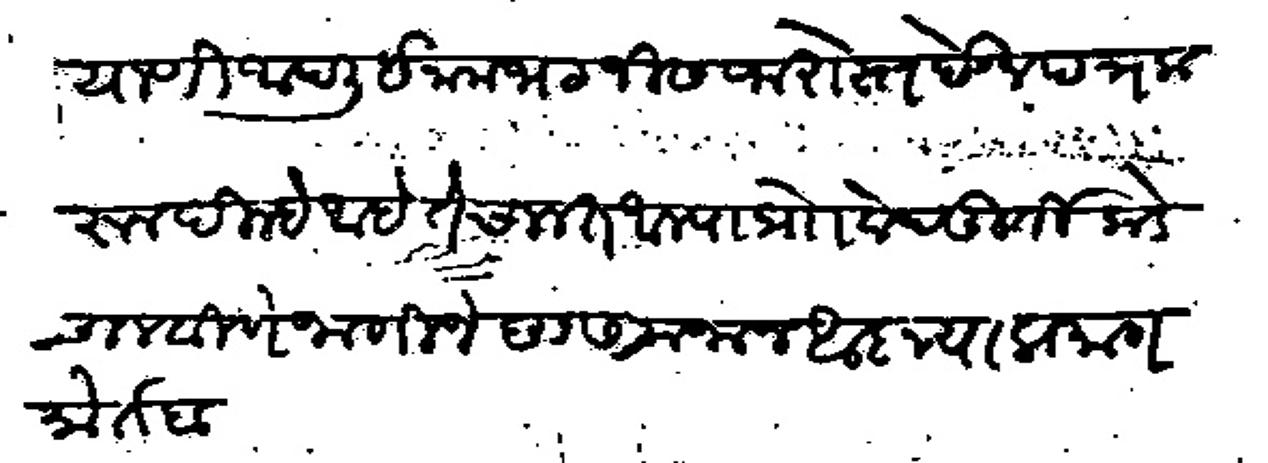
Transliteration (Devanagari): याणी आपली इनाम भटजीस फरोस्त देवून पत्र करून दिल्हे आहे ते चालत आल्या प्रो वेदमूर्तिकडे चालविणे जाणीजे छ १७ रमजान आज्ञा प्रमाण मोर्तब